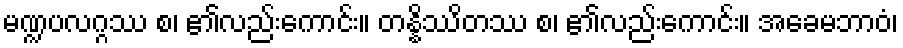
မဏ္ဍပလဂ္ဂဿ စ၊ ၏လည်းကောင်း။ တန္နိဿိတဿ စ၊ ၏လည်းကောင်း။ အခေမဘာဝံ၊